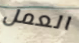
العمل